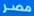
مصر